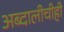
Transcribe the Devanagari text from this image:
अब्दालीचीही